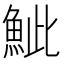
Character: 𩶆